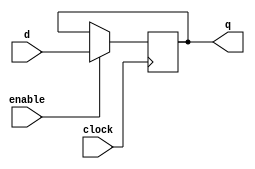
// Ayush Kumar 17CO111
//Ranjana K 17CO134




// 1bit D FlipFlop with enable and +ve edge triggered
module register(output reg q,input d,input enable,input clock);
always @(posedge clock)
begin
	if(enable) begin
		q=d;
	end
end
endmodule

// 32bit D FlipFlop with enable and +ve edge triggered
module register32(output reg[31:0] q,input[31:0] d,input enable,input clock);
always @(posedge clock)
begin
	if(enable) begin
		q=d;
	end
end
endmodule

// Set R0=0
module register32zero(output wire[31:0] q,input[31:0] d,input enable,input clock);
	assign q=32'b0;
endmodule

// MUX
module mux32to1by32(output[31:0] out,input[4:0] address,input[31:0] input0,input1,input2,input3,input4,input5,input6,input7,
																	input8,input9,input10,input11,input12,input13,input14,input15,
																	input16,input17,input18,input19,input20,input21,input22,input23,
																	input24,input25,input26,input27,input28,input29,input30,input31);
	wire[31:0] mux[31:0];
	assign mux[0]=input0;
	assign mux[1]=input1;
	assign mux[2]=input2;
	assign mux[3]=input3;
	assign mux[4]=input4;
	assign mux[5]=input5;
	assign mux[6]=input6;
	assign mux[7]=input7;
	assign mux[8]=input8;
	assign mux[9]=input9;
	assign mux[10]=input10;
	assign mux[11]=input11;
	assign mux[12]=input12;
	assign mux[13]=input13;
	assign mux[14]=input14;
	assign mux[15]=input15;
	assign mux[16]=input16;
	assign mux[17]=input17;
	assign mux[18]=input18;
	assign mux[19]=input19;
	assign mux[20]=input20;
	assign mux[21]=input21;
	assign mux[22]=input22;
	assign mux[23]=input23;
	assign mux[24]=input24;
	assign mux[25]=input25;
	assign mux[26]=input26;
	assign mux[27]=input27;
	assign mux[28]=input28;
	assign mux[29]=input29;
	assign mux[30]=input30;
	assign mux[31]=input31;
	assign out=mux[address];
endmodule